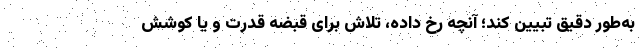
به‌طور دقیق تبیین کند؛ آنچه رخ داده، تلاش برای قبضه قدرت و یا کوشش